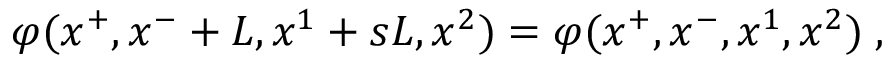
\varphi ( x ^ { + } , x ^ { - } + L , x ^ { 1 } + s L , x ^ { 2 } ) = \varphi ( x ^ { + } , x ^ { - } , x ^ { 1 } , x ^ { 2 } ) \; ,